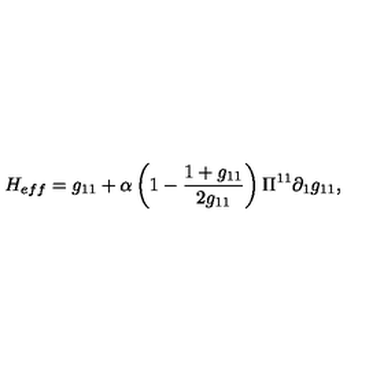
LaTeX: H _ { e f f } = g _ { 1 1 } + \alpha \left( 1 - \frac { 1 + g _ { 1 1 } } { 2 g _ { 1 1 } } \right) \Pi ^ { 1 1 } \partial _ { 1 } g _ { 1 1 } ,